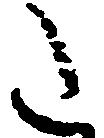
た